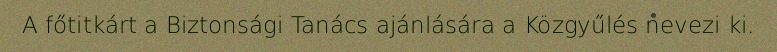
A főtitkárt a Biztonsági Tanács ajánlására a Közgyűlés nevezi ki.